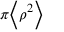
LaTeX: \scriptstyle \pi \left\langle \rho ^ { 2 } \right\rangle